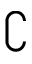
\complement